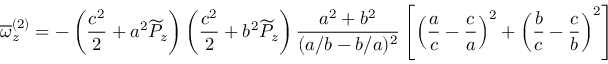
\overline { { \omega } } _ { z } ^ { ( 2 ) } = - \left( \frac { c ^ { 2 } } { 2 } + a ^ { 2 } \widetilde { P } _ { z } \right) \left( \frac { c ^ { 2 } } { 2 } + b ^ { 2 } \widetilde { P } _ { z } \right) \frac { a ^ { 2 } + b ^ { 2 } } { ( a / b - b / a ) ^ { 2 } } \left[ \left( \frac { a } { c } - \frac { c } { a } \right) ^ { 2 } + \left( \frac { b } { c } - \frac { c } { b } \right) ^ { 2 } \right]